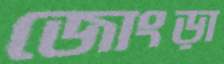
জোংড়া